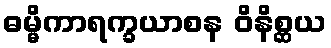
ဓမ္မိကာရက္ခယာစန ဝိနိစ္ဆယ